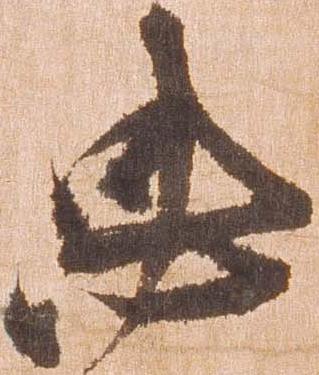
忠